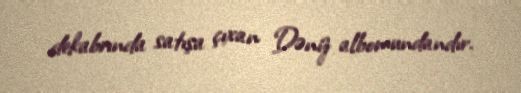
dekabrında satışa çıxan Dəniz albomundandır.